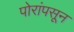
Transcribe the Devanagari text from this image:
पोरांपसून